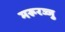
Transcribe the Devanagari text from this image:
मरूरज्जु